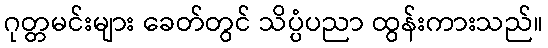
ဂုတ္တမင်းများ ခေတ်တွင် သိပ္ပံပညာ ထွန်းကားသည်။